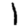
Digit: 1